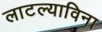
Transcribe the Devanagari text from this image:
लाटल्याविना